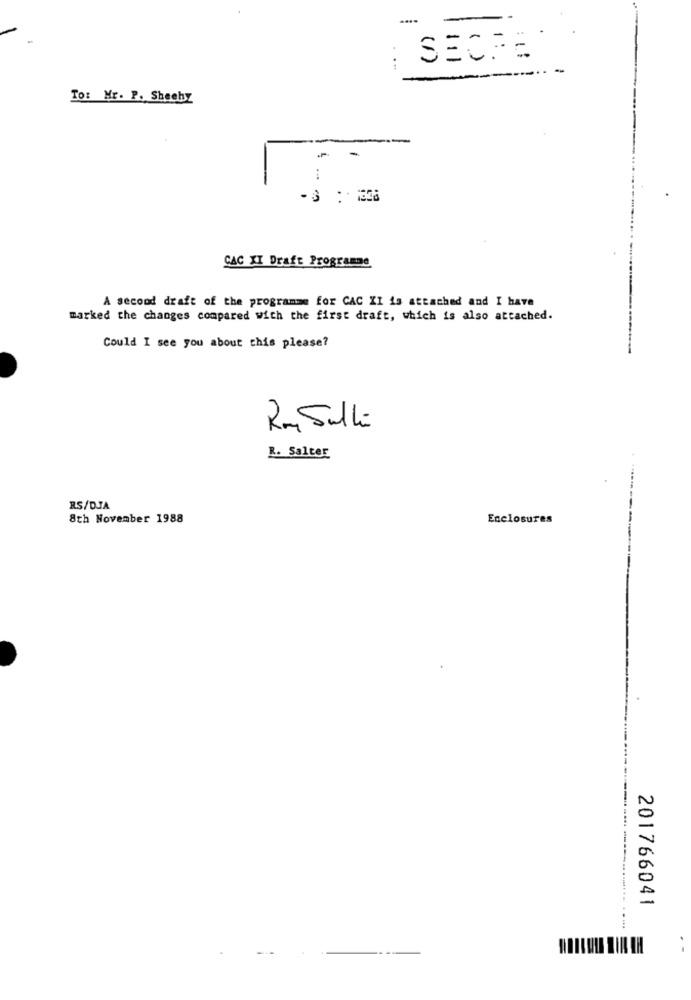
SECRE
(1)
-
-
To: Mr. P. Sheehy
CAC XI Draft Programe
A second draft of the programme for CAC XI is attached and I have
marked the changes compared with the first draft, which is also attached.
Could I see you about this please?
Rm Sulla
R. Salter
RS/D.JA
8th November 1988
Enclosures
201766041